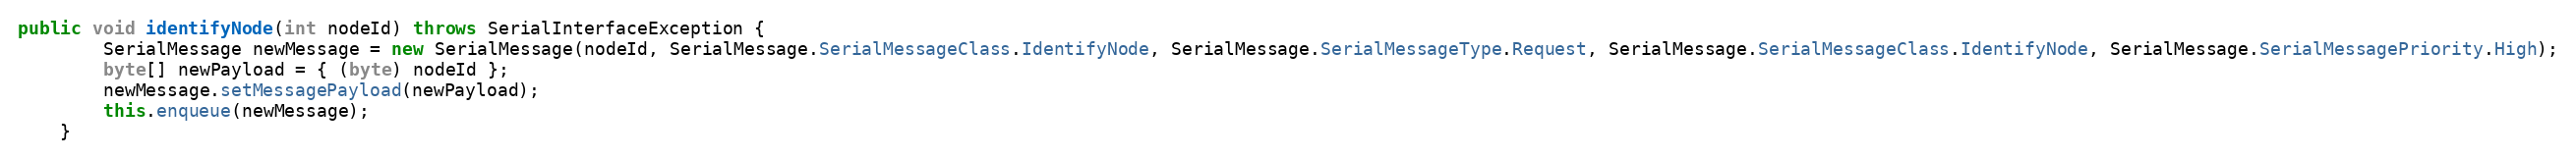
Language: Java
public void identifyNode(int nodeId) throws SerialInterfaceException {
		SerialMessage newMessage = new SerialMessage(nodeId, SerialMessage.SerialMessageClass.IdentifyNode, SerialMessage.SerialMessageType.Request, SerialMessage.SerialMessageClass.IdentifyNode, SerialMessage.SerialMessagePriority.High);
    	byte[] newPayload = { (byte) nodeId };
    	newMessage.setMessagePayload(newPayload);
    	this.enqueue(newMessage);
	}